Sanitation, dispensaries and jails vaccination Rajputana 1922-1927 - 1922-1927
Year: 1922
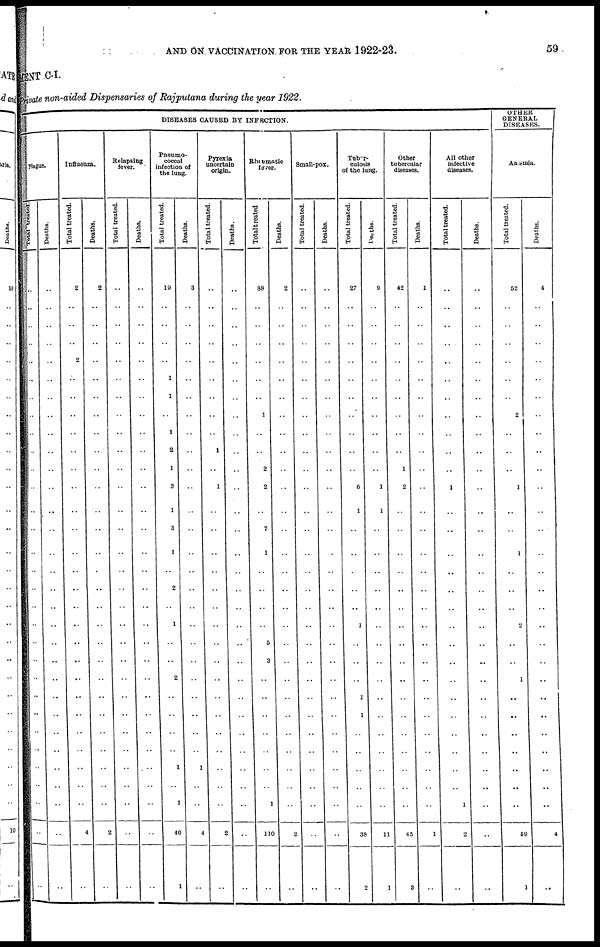
AND ON VACCINATION FOR THE YEAR 1922-23.
59
MENT C-I.
Private non-aided Dispensaries of Rajputana during the year 1922.
DISEASES CAUSED BY INFECTION.
Plague.
Total treated.
..
..
..
..
..
..
..
..
..
..
..
..
..
..
..
..
..
..
..
..
..
..
..
..
..
..
..
..
..
..
..
Deaths.
..
..
..
..
..
..
..
..
..
..
..
..
..
..
..
..
..
..
..
..
..
..
..
..
..
..
..
..
..
..
..
Influenza.
Total treated.
2
..
..
..
2
..
..
..
..
..
..
..
..
..
..
..
..
..
..
..
..
..
..
..
..
..
..
..
..
4
..
Deaths.
2
..
..
..
..
..
..
..
..
..
..
..
..
..
..
..
..
..
..
..
..
..
..
..
..
..
..
..
..
2
..
Relapsing
fever.
Total treated.
..
..
..
..
..
..
..
..
..
..
..
..
..
..
..
..
..
..
..
..
..
..
..
..
..
..
..
..
..
..
..
Deaths.
..
..
..
..
..
..
..
..
..
..
..
..
..
..
..
..
..
..
..
..
..
..
..
..
..
..
..
..
..
..
..
Pneumo¬
coccal
infection of
the lung.
Total treated.
19
..
..
..
..
1
1
..
1
2
1
3
1
3
1
..
2
..
1
..
..
2
..
..
..
..
1
..
1
40
1
Deaths.
3
..
..
..
..
..
..
..
..
..
..
..
..
..
..
..
..
..
..
..
..
..
..
..
..
..
1
..
..
4
..
Pyrexia
uncertain
origin.
Total treated.
..
..
..
..
..
..
..
..
..
1
..
1
..
..
..
..
..
..
..
..
..
..
..
..
..
..
..
..
2
..
Deaths.
..
..
..
..
..
..
..
..
..
..
..
..
..
..
..
..
..
..
..
..
..
..
..
..
..
..
..
..
..
..
..
Rheumatic
fever.
Total treated
88
..
..
..
..
..
..
1
..
..
2
2
..
7
1
..
..
..
..
5
3
..
..
..
..
..
..
..
1
110
..
Deaths.
2
..
..
..
..
..
..
..
..
..
..
..
..
..
..
..
..
..
..
..
..
..
..
..
..
..
..
..
..
2
..
Small-pox.
Total treated.
..
..
..
..
..
..
..
..
..
..
..
..
..
..
..
..
..
..
..
..
..
..
..
..
..
..
..
..
..
..
..
Deaths.
..
..
..
..
..
..
..
..
..
..
..
..
..
..
..
..
..
..
..
..
..
..
..
..
..
..
..
..
..
..
..
Tuber¬
culosis
of the lung.
Total treated.
27
..
..
..
..
..
..
..
..
..
..
6
1
..
..
..
..
..
1
..
..
..
1
1
..
..
..
..
..
38
2
Deaths.
9
..
..
..
..
..
..
..
..
..
..
1
1
..
..
..
..
..
..
..
..
..
..
..
..
..
..
..
..
11
1
Other
tubercular
diseases.
Total treated.
42
..
..
..
..
..
..
..
..
..
1
2
..
..
..
..
..
..
..
..
..
..
..
..
..
..
..
..
..
45
3
Deaths.
1
..
..
..
..
..
..
..
..
..
..
..
..
..
..
..
..
..
..
..
..
..
..
..
..
..
..
..
..
1
..
All other
infective
diseases.
Total treated.
..
..
..
..
..
..
..
..
..
..
..
1
..
..
..
..
..
..
..
..
..
..
..
..
..
..
..
..
1
2
..
Deaths.
..
..
..
..
..
..
..
..
..
..
..
..
..
..
..
..
..
..
..
..
..
..
..
..
..
..
..
..
..
..
..
OTHER
GENERAL
DISEASES.
Anæmia.
Total treated.
52
..
..
..
..
..
..
2
..
..
..
1
..
..
1
..
..
..
2
..
..
1
..
..
..
..
..
..
..
59
1
Deaths.
4
..
..
..
..
..
..
..
..
..
..
..
..
..
..
..
..
..
..
..
..
..
..
..
..
..
..
..
..
4
..